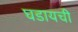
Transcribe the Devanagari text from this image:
घडायची